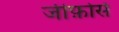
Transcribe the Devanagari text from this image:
जीफ़ोर्स